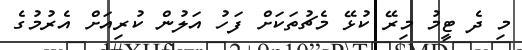
މި ދެ ޓީމު މިރޭ ކުޅޭ މެޗުތަކަށް ފަހު އަލުން ކުރިއަށް އެރުމުގެ